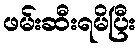
ဖမ်းဆီးရမိပြီး